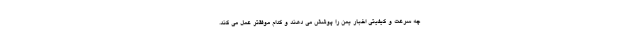
چه سرعت و کیفیتی اخبار یمن را پوشش می دهند و کدام موفقتر عمل می کند.